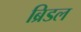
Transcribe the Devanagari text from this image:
ब्रिडल